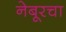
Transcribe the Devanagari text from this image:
नेबूरचा